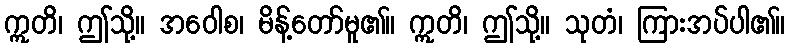
ဣတိ၊ ဤသို့။ အဝေါစ၊ မိန့်တော်မူ၏။ ဣတိ၊ ဤသို့။ သုတံ၊ ကြားအပ်ပါ၏။